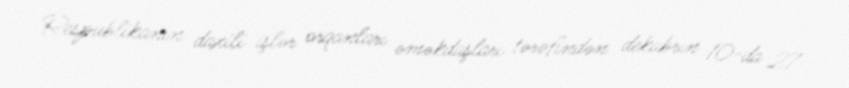
Respublikanın daxili işlər orqanları əməkdaşları tərəfindən dekabrın 10-da 27